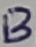
Text: B